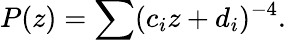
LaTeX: \displaystyle{P(z)=\sum(c_{i}z+d_{i})^{-4}.}